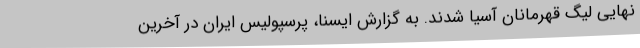
نهایی لیگ قهرمانان آسیا شدند. به گزارش ایسنا، پرسپولیس ایران در آخرین